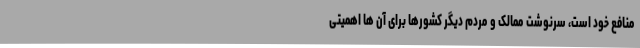
منافع خود است، سرنوشت ممالک و مردم دیگر کشورها برای آن ها اهمیتی